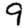
Digit: 9